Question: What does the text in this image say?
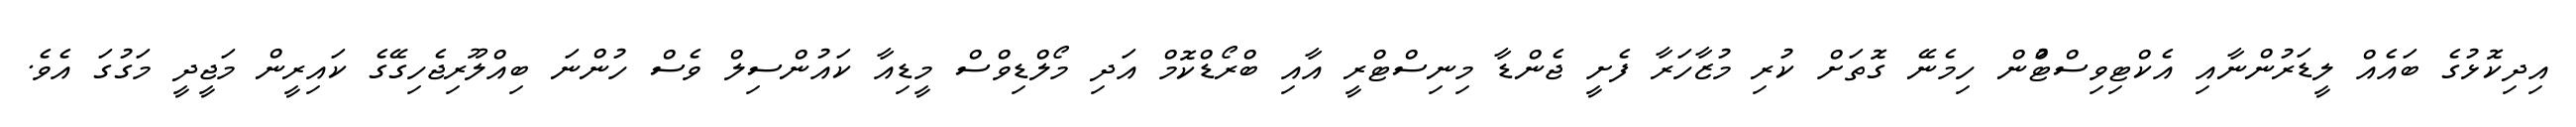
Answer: އިދިކޮޅުގެ ބައެއް ލީޑަރުންނާއި އެކްޓިވިސްޓްުން ހިމެނޭ ގޮތަށް ކުރި މުޒާހަރާ ފެށީ ޖެންޑާ މިނިސްޓްރީ އާއި ބްރޯޑްކޮމް އަދި މޯލްޑިވްސް މީޑިއާ ކައުންސިލް ވެސް ހުންނަ ބިއްލޫރިޖެހިގޭގެ ކައިރީން މަޖީދީ މަގުގަ އެވެ.